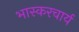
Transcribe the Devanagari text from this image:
भास्करचार्य